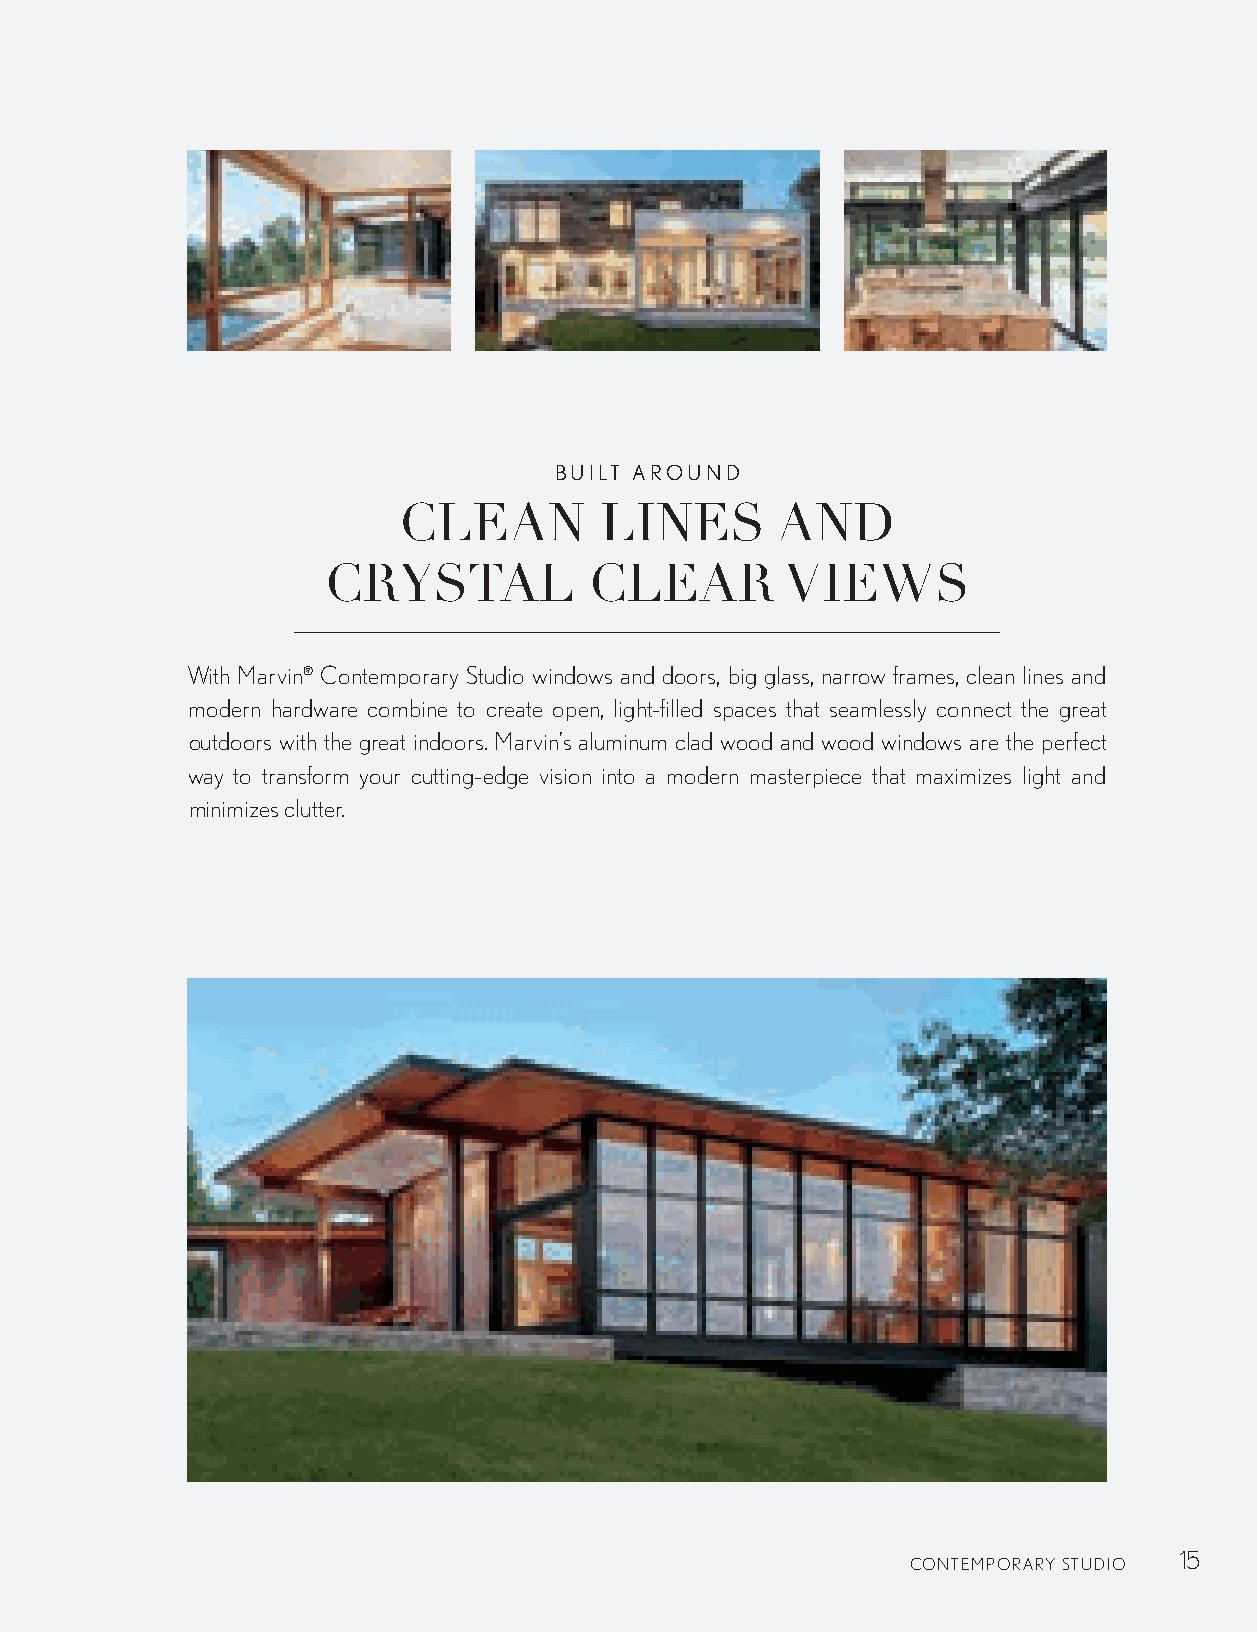
BUILT AROUND
 CLEAN         LINES      AND
 CRYSTAL           CLEAR        VIEWS
 With Marvin® Contemporary Studio windows and doors, big glass, narrow frames, clean lines and
 modern hardware combine to create open, light-filled spaces that seamlessly connect the great
 outdoors with the great indoors. Marvin’s aluminum clad wood and wood windows are the perfect
 way to transform your cutting-edge vision into a modern masterpiece that maximizes light and
 minimizes clutter.
 15
 CONTEMPORARY STUDIO